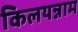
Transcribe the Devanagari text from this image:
किलयन्नाम